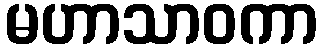
မဟာသာဝကာ